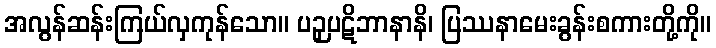
အလွန်ဆန်းကြယ်လှကုန်သော။ ပဉှပဋိဘာနာနိ၊ ပြဿနာမေးခွန်းစကားတို့ကို။